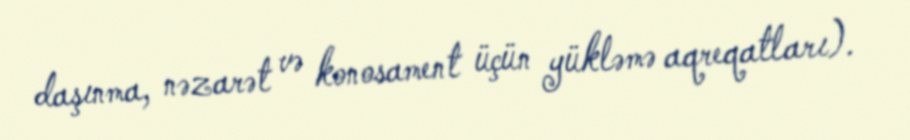
daşınma, nəzarət və konosament üçün yükləmə aqreqatları).